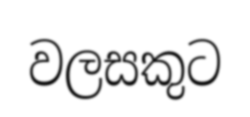
වලසකුට